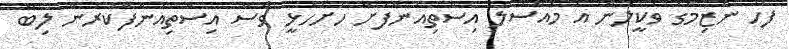
ފަހު ނާޒިމްގެ ވަކީލުން އެ މައްސަލަ އިސްތިއުނާފަށް ހުށަހެޅީ ވެސް އިސްތިއުނާފްކުރަން ލިބޭ